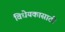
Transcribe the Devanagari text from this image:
विधेयकासाठी